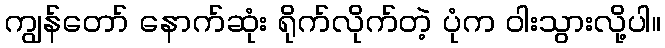
ကျွန်တော် နောက်ဆုံး ရိုက်လိုက်တဲ့ ပုံက ဝါးသွားလို့ပါ။